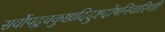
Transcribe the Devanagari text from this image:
सर्वोपद्रवकुष्ठादिदुष्टदोषनिवारिणी